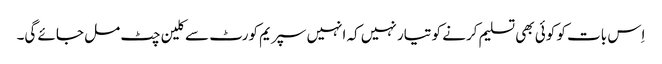
اِس بات کو کوئی بھی تسلیم کرنے کو تیار نہیں کہ انہیں سپریم کورٹ سے کلین چٹ مل جائے گی۔